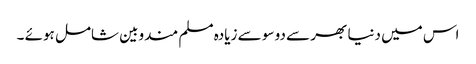
اس میں دنیا بھر سے دو سو سے زیادہ مسلم مندوبین شامل ہوئے ۔